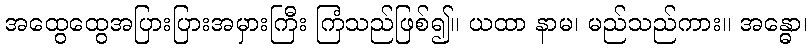
အထွေထွေအပြားပြားအမှားကြီး ကြံသည်ဖြစ်၍။ ယထာ နာမ၊ မည်သည်ကား။ အန္ဓော၊